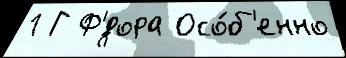
1 Г Ф'́дора Осо́б'енно